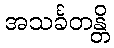
အသင်္ခတန္တိ